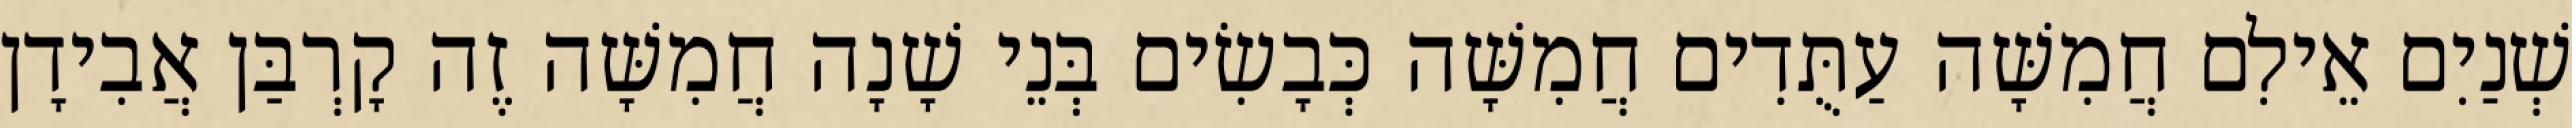
שְׁנַיִם אֵילִם חֲמִשָּׁה עַתֻּדִים חֲמִשָּׁה כְּבָשִׂים בְּנֵי שָׁנָה חֲמִשָּׁה זֶה קָרְבַּן אֲבִידָן